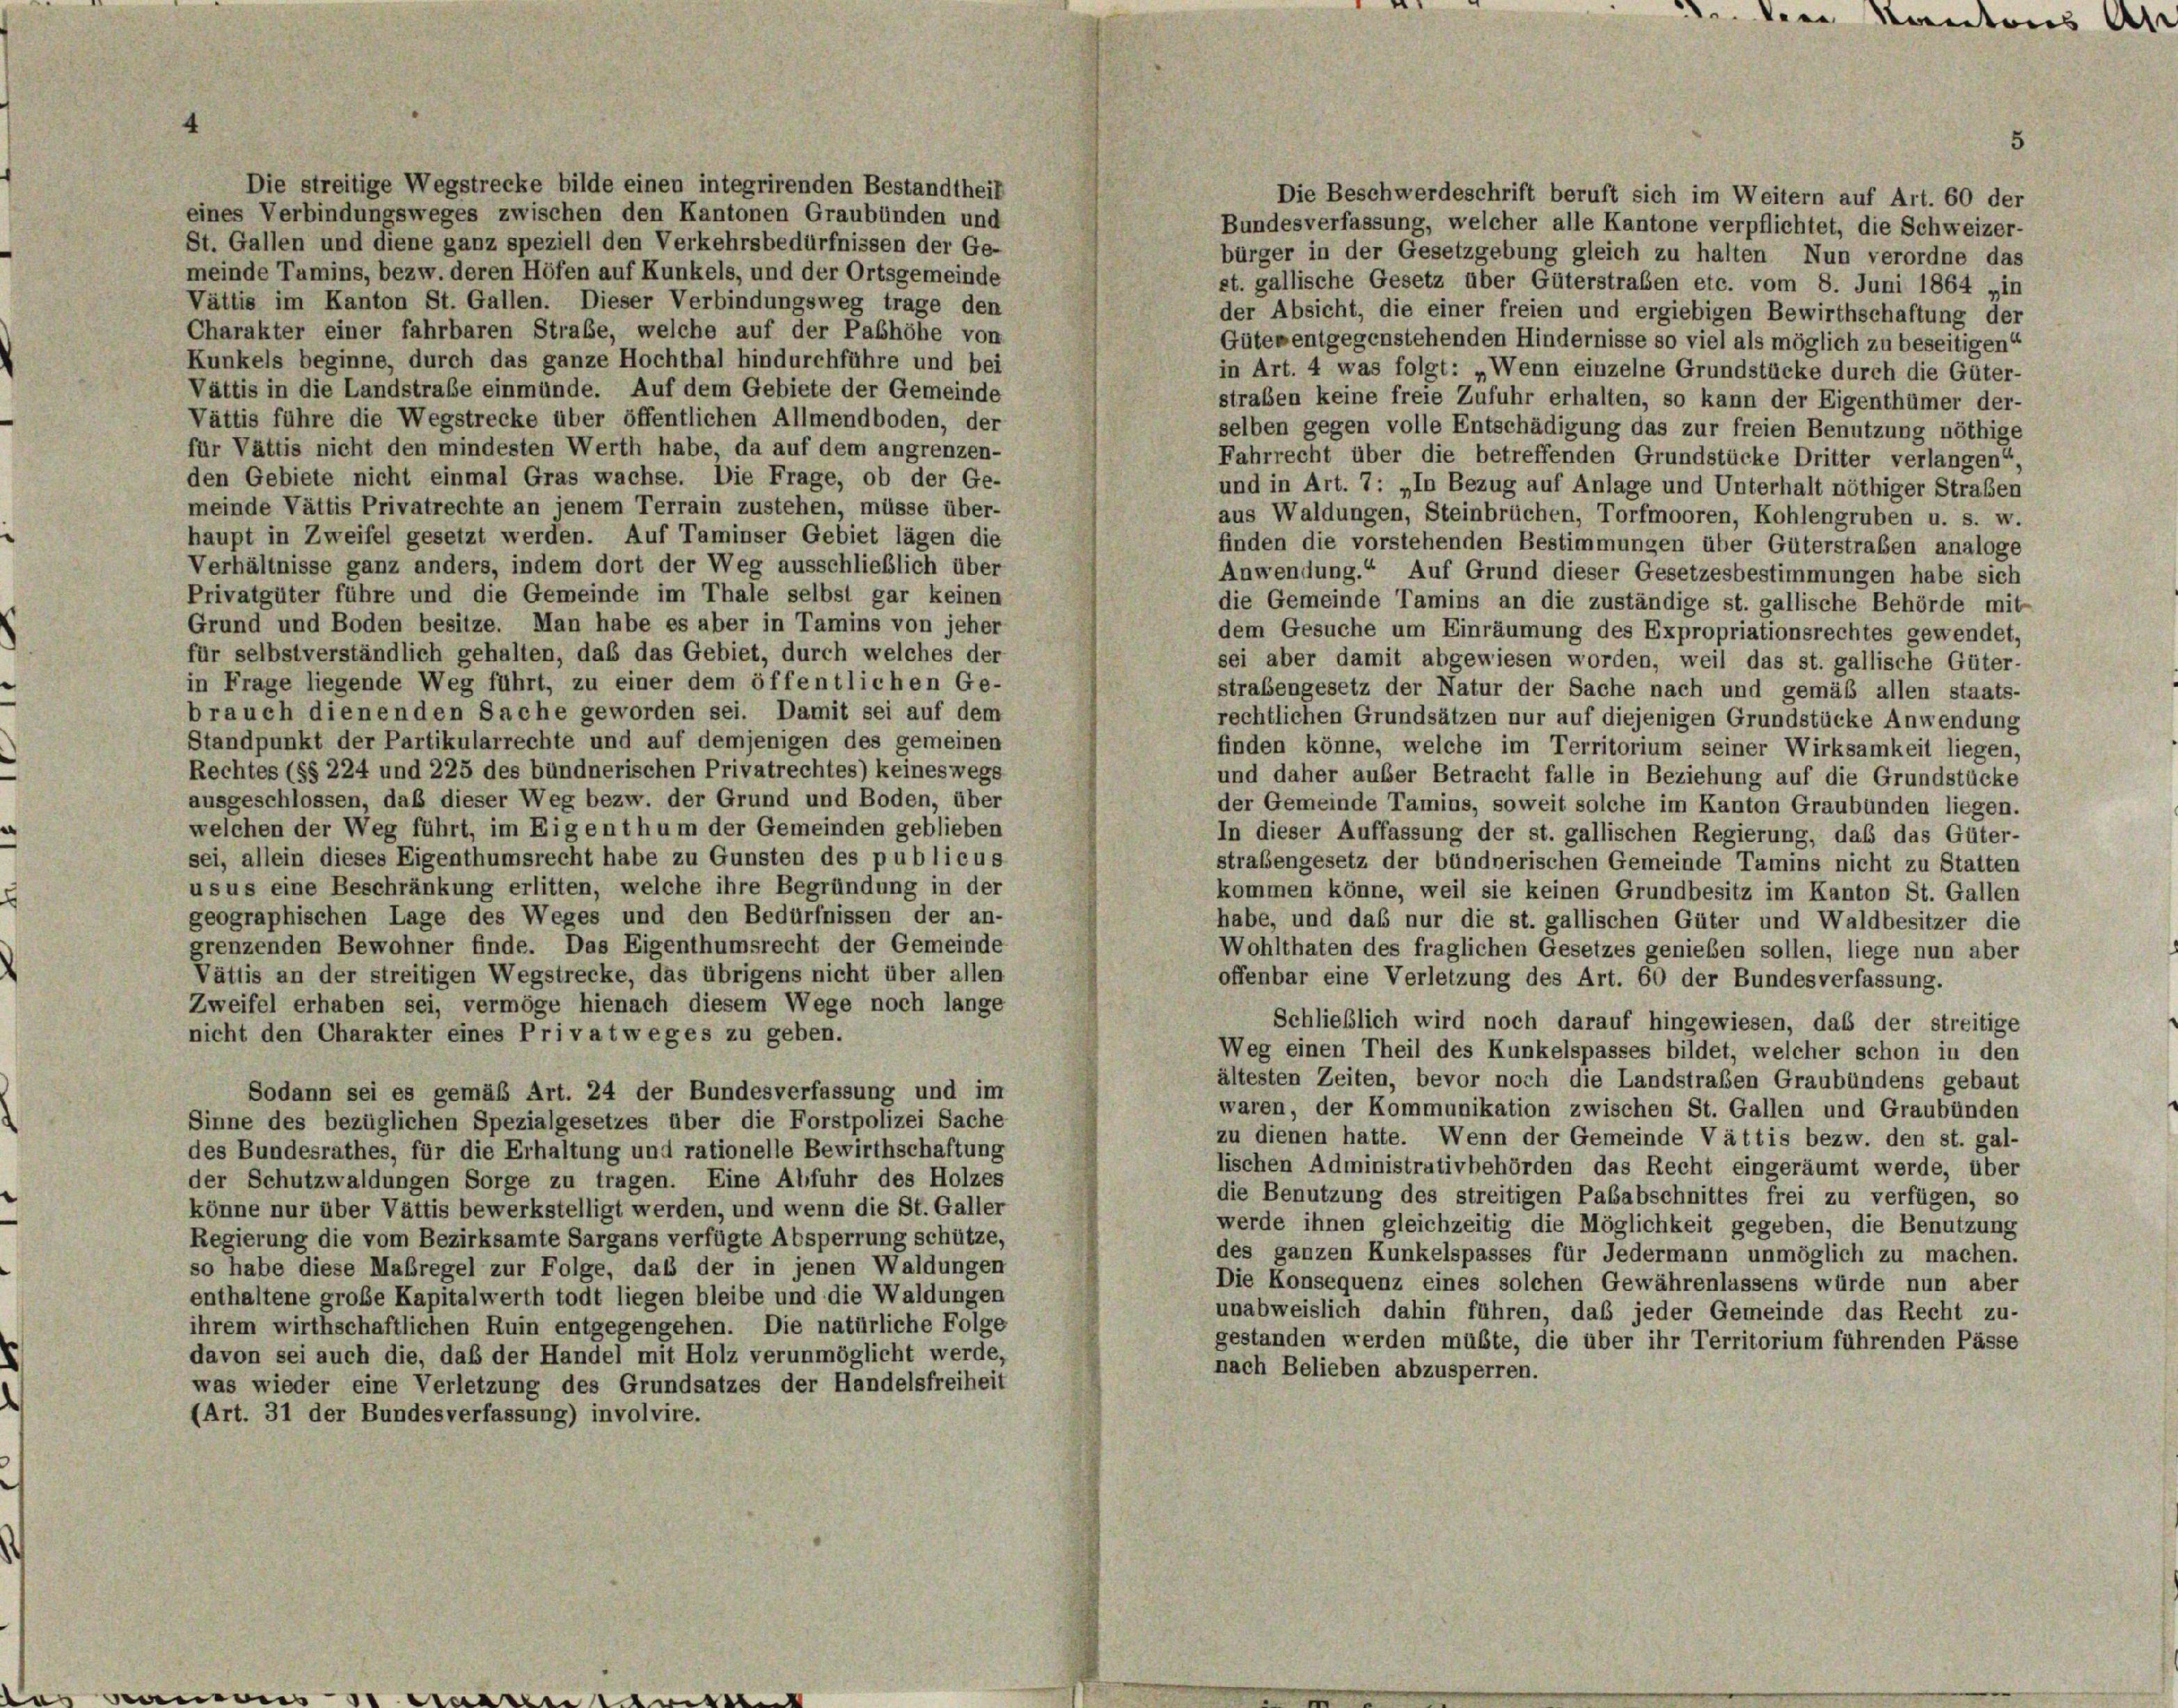
St. Gallen und diene ganz speziell den Verkehrsbedürfnissen der Ge-
meinde Tamins, bezw. deren Höfen auf Kunkels, und der Ortsgemeinde
Vättis im Kanton St. Gallen. Dieser Verbindungsweg trage den
Charakter einer fahrbaren Straße, welche auf der Pashöhe von
Kunkels beginne, durch das ganze Hochthal hindurchführe und bei
Vättis in die Landstraße einmünde. Auf dem Gebiete der Gemeinde
Vättis führe die Wegstrecke über öffentlichen Allmendboden, der
für Vättis nicht den mindesten Werth habe, da auf dem angrenzen-
den Gebiete nicht einmal Gras wachse. Die Frage, ob der Ge-
meinde Vättis Privatrechte an jenem Terrain zustehen, müsse über-
haupt in Zweifel gesetzt werden. Auf Taminser Gebiet lägen die
Verhältnisse ganz anders, indem dort der Weg ausschließlich über
Privatgüter führe und die Gemeinde im Thale selbst gar keinen
Grund und Boden besitze. Man habe es aber in Tamins von jeher
für selbstverständlich gehalten, daß das Gebiet, durch welches der
in Frage liegende Weg führt, zu einer dem öffentlichen Ge-
brauch dienenden Sache geworden sei. Damit sei auf dem
Standpunkt der Partikularrechte und auf demjenigen des gemeinen
Rechtes (§§ 224 und 225 des bündnerischen Privatrechtes) keineswegs
ausgeschlossen, daß dieser Weg bezw. der Grund und Boden, über
welchen der Weg führt, im Eigenthum der Gemeinden geblieben
sei, allein dieses Eigenthumsrecht habe zu Gunsten des publicus
usus eine Beschränkung erlitten, welche ihre Begründung in der
geographischen Lage des Weges und den Bedürfnissen der an-
grenzenden Bewohner finde. Das Eigenthumsrecht der Gemeinde
Vättis an der streitigen Wegstrecke, das übrigens nicht über allen
Zweifel erhaben sei, vermöge hienach diesem Wege noch lange
nicht den Charakter eines Privatweges zu geben.
Sodann sei es gemäß Art. 24 der Bundesverfassung und im
Sinne des bezüglichen Spezialgesetzes über die Forstpolizei Sache
des Bundesrathes, für die Erhaltung und rationelle Bewirthschaftung
der Schutzwaldungen Sorge zu tragen. Eine Abfuhr des Holzes
könne nur über Vättis bewerkstelligt werden, und wenn die St. Galler
Regierung die vom Bezirksamte Sargans verfügte Absperrung schütze,
so habe diese Maßregel zur Folge, daß der in jenen Waldungen
enthaltene große Kapitalwerth todt liegen bleibe und die Waldungen
ihrem wirthschaftlichen Ruin entgegengehen. Die natürliche Folge
davon sei auch die, daß der Handel mit Holz verunmöglicht werde,
was wieder eine Verletzung des Grundsatzes der Handelsfreiheit
(Art. 31 der Bundesverfassung) involvire.

Die streitige Wegstrecke bilde einen integrirenden Bestandtheil
eines Verbindungsweges zwischen den Kantonen Graubünden und

den Kantons Alt

5

Die Beschwerdeschrift beruft sich im Weitern auf Art. 60 der
Bundesverfassung, welcher alle Kantone verpflichtet, die Schweizer-
bürger in der Gesetzgebung gleich zu halten Nun verordne das
et. gallische Gesetz über Güterstraben etc. vom 8. Juni 1864 „in
der Absicht, die einer freien und ergiebigen Bewirthschaftung der
Güter entgegenstehenden Hindernisse so viel als möglich zu beseitigen“
in Art. 4 was folgt: „Wenn einzelne Grundstücke durch die Güter-
straben keine freie Zufuhr erhalten, so kann der Eigenthümer der-
selben gegen volle Entschädigung das zur freien Benutzung nöthige
Fahrrecht über die betreffenden Grundstücke Dritter verlangen“
und in Art. 7: „In Bezug auf Anlage und Unterhalt nöthiger Straßen
aus Waldungen, Steinbrüchen, Torfmooren, Kohlengruben u. s. w.
finden die vorstehenden Bestimmungen über Güterstraben analoge
Anwendung.“ Auf Grund dieser Gesetzesbestimmungen habe sich
die Gemeinde Tamins an die zuständige st. gallische Behörde mit
dem Gesuche um Einräumung des Expropriationsrechtes gewendet,
sei aber damit abgewiesen worden, weil das st. gallische Güter-
straßengesetz der Natur der Sache nach und gemäß allen staats-
rechtlichen Grundsätzen nur auf diejenigen Grundstücke Anwendung
finden könne, welche im Territorium seiner Wirksamkeit liegen,
und daher auser Betracht falle in Beziehung auf die Grundstücke
der Gemeinde Tamins, soweit solche im Kanton Graubünden liegen.
In dieser Auffassung der st. gallischen Regierung, das das Güter-
strafengesetz der bündnerischen Gemeinde Tamins nicht zu Statten
kommen könne, weil sie keinen Grundbesitz im Kanton St. Gallen
habe, und daß nur die st. gallischen Güter und Waldbesitzer die
Wohlthaten des fraglichen Gesetzes genießen sollen, liege nun aber
offenbar eine Verletzung des Art. 60 der Bundesverfassung.
Schließlich wird noch darauf hingewiesen, das der streitige
Weg einen Theil des Kunkelspasses bildet, welcher schon in den
ältesten Zeiten, bevor noch die Landstraßen Graubündens gebaut
waren, der Kommunikation zwischen St. Gallen und Graubünden
zu dienen hatte. Wenn der Gemeinde Vättis bezw. den st. gal-
lischen Administrativbehörden das Recht eingeräumt werde, über
die Benutzung des streitigen Pababschnittes frei zu verfügen, so
werde ihnen gleichzeitig die Möglichkeit gegeben, die Benutzung
des ganzen Kunkelspasses für Jedermann unmöglich zu machen.
Die Konsequenz eines solchen Gewährenlassens würde nun aber
unabweislich dahin führen, das jeder Gemeinde das Recht zu-
gestanden werden müßte, die über ihr Territorium führenden Pässe
nach Belieben abzusperren.